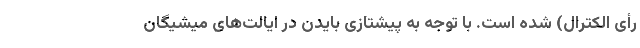
رأی الکترال) شده است. با توجه به پیشتازی بایدن در ایالت‌های میشیگان